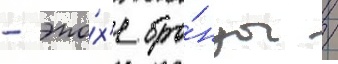
- эпо́х'е бро́нзы /